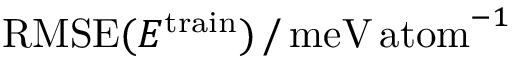
\mathrm { R M S E } ( E ^ { \mathrm { t r a i n } } ) \, / \, \mathrm { m e V \, a t o m } ^ { - 1 }